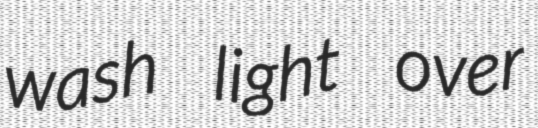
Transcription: wash light over